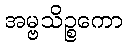
အမ္ဗသိဉ္စကော